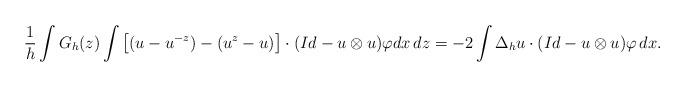
LaTeX: \begin{align*} \frac1h \int G_h(z) \int \left[( u-u^{-z}) -(u^z-u)\right] \cdot (Id-u\otimes u) \varphi dx\,dz = -2\int \Delta_h u \cdot (Id-u\otimes u) \varphi\,dx. \end{align*}